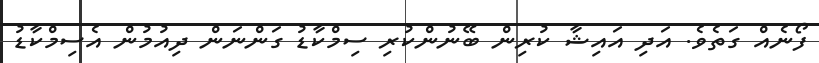
ފޯނެއް ގަތެވެ. އަދި އައިޝާ ކުރިން ބޭނުންކުރި ސިމްކާޑު ގަންނަން ދިއުމުން އެސިމްކާޑު